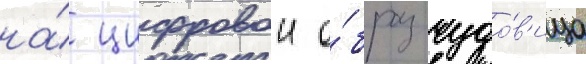
на́ цифровои о́браз чудо́в'ища